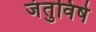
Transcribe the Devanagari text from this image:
जंतुविषे